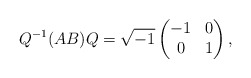
\begin{align*}Q^{-1} (AB) Q=\sqrt{-1}\begin{pmatrix}-1 & 0 \\0 & 1\end{pmatrix},\end{align*}